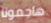
هاجمونا